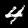
Label: 4